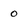
Character: 0